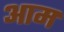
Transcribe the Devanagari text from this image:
अाम